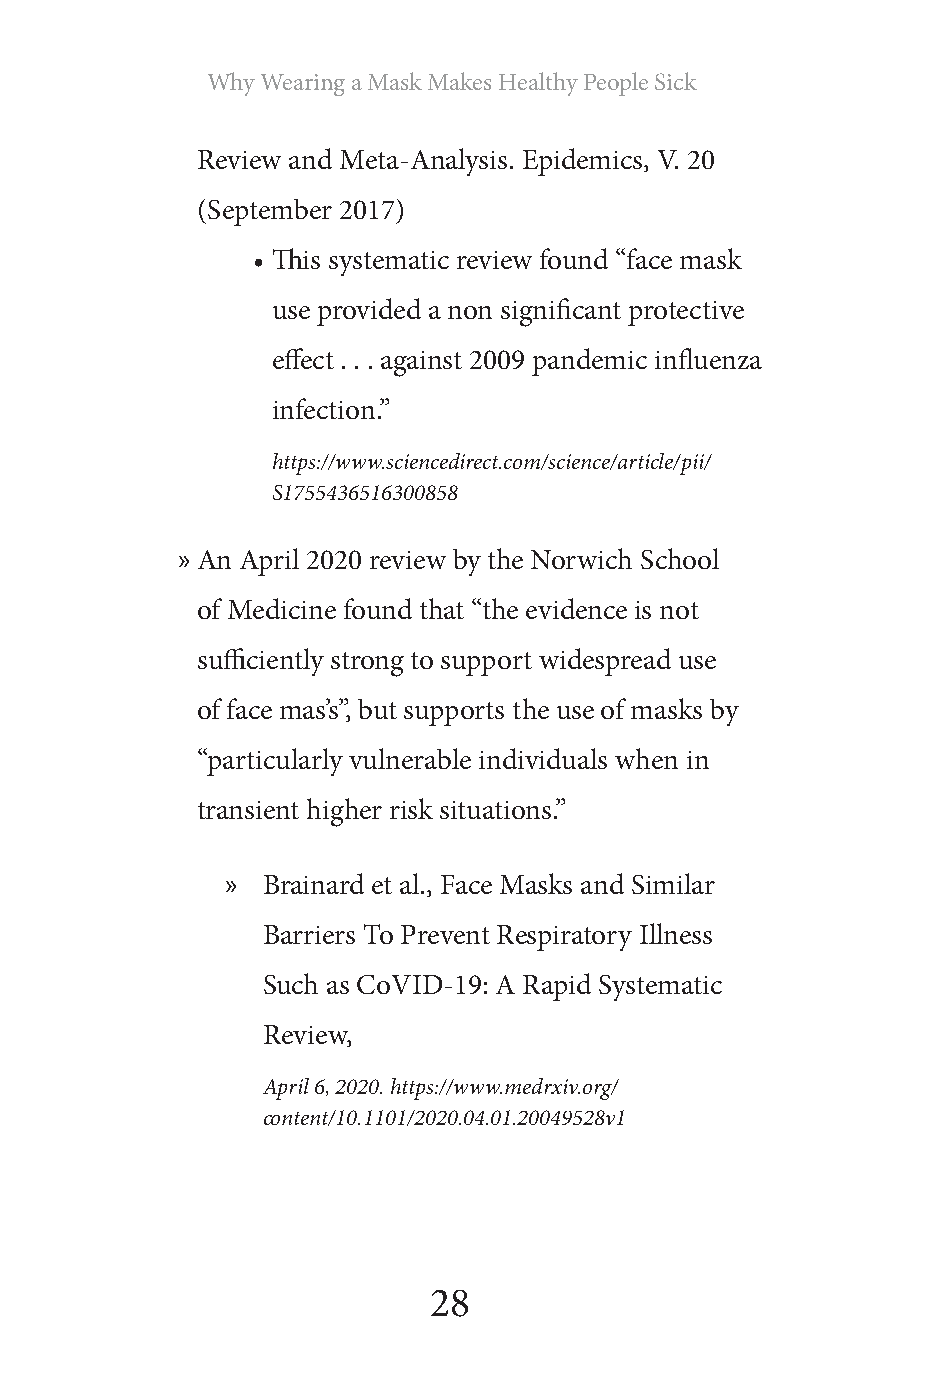
Why Wearing a Mask Makes Healthy People Sick
 Review and Meta-Analysis. Epidemics, V. 20
 (September 2017)
 • This systematic review found “face mask
 use provided a non significant protective
 effect . . . against 2009 pandemic influenza
 infection.”
 https://www.sciencedirect.com/science/article/pii/
 S1755436516300858
 » An April 2020 review by the Norwich School
 of Medicine found that “the evidence is not
 sufficiently strong to support widespread use
 of face mas’s”, but supports the use of masks by
 “particularly vulnerable individuals when in
 transient higher risk situations.”
 » Brainard et al., Face Masks and Similar
 Barriers To Prevent Respiratory Illness
 Such as CoVID-19: A Rapid Systematic
 Review,
 April 6, 2020. https://www.medrxiv.org/
 content/10.1101/2020.04.01.20049528v1
 28